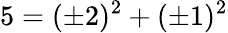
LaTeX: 5=(\pm 2)^{2}+(\pm 1)^{2}